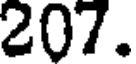
207.